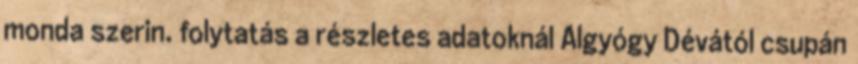
monda szerin. folytatás a részletes adatoknál Algyógy Dévától csupán